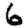
Digit: 6